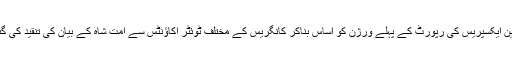
انڈین ایکسپریس کی رپورٹ کے پہلے ورژن کو اساس بناکر کانگریس کے مختلف ٹوئٹر اکاؤنٹس سے امت شاہ کے بیان کی تنقید کی گئی۔